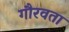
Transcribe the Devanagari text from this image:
गौरवता